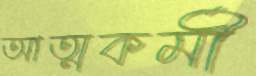
আত্মকর্মী